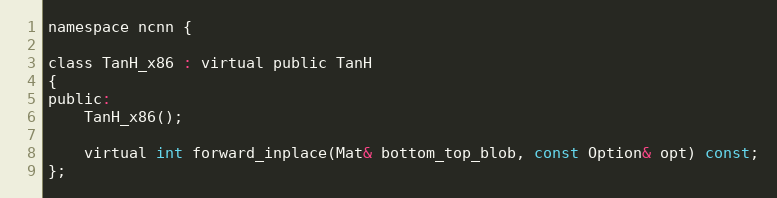
Language: C
namespace ncnn {

class TanH_x86 : virtual public TanH
{
public:
    TanH_x86();

    virtual int forward_inplace(Mat& bottom_top_blob, const Option& opt) const;
};